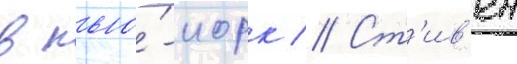
в нью́-иорк // Ст'ив'ен